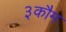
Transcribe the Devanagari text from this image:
३कौम